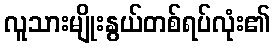
လူသားမျိုးနွယ်တစ်ရပ်လုံး၏